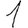
Digit: 1